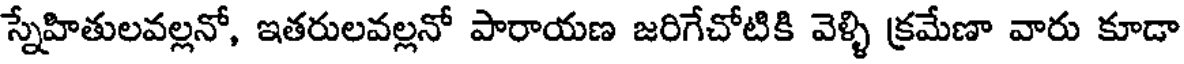
స్నేహితులవల్లనో, ఇతరులవల్లనో పారాయణ జరిగేచోటికి వెళ్ళి క్రమేణా వారు కూడా